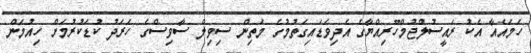
ހަމައެއާ އެކު ރައީސުލްޖުމްހޫރިއްޔާގެ އެދިވަޑައިގަތުމުގެ މަތިން ސިވިލް ސާވިސްގެ ހަރަދު ކުޑަކުރުމަށް ހިއުމަން